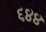
૬૪૪